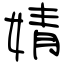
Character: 婧